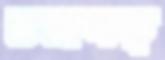
ভভাসত্